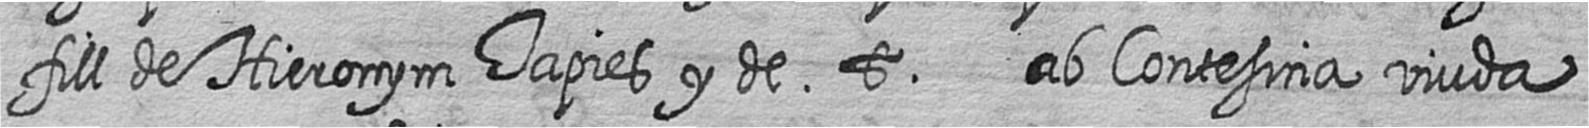
fill de Hieronym Tapies y de t ab Contesina viuda